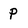
Character: P